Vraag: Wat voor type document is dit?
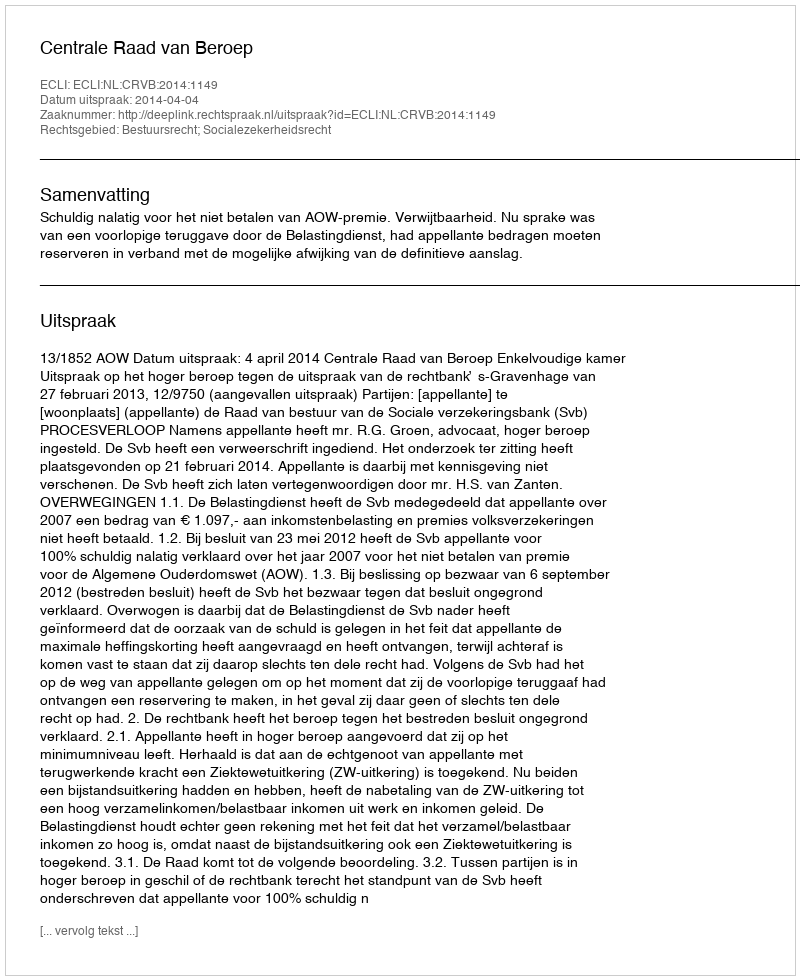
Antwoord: Uitspraak